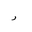
Letter: _ra